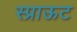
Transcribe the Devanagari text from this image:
स्प्राऊट